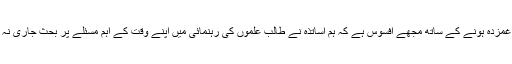
تاہم، اپنے ایک طالبِ علم کو کھونے پر غمزدہ ہونے کے ساتھ مجھے افسوس ہے کہ ہم اساتذہ نے طالبِ علموں کی رہنمائی میں اپنے وقت کے اہم مسئلے پر بحث جاری نہ رکھ کر دائمی ناکامی کا مظاہرہ کیا گیا۔